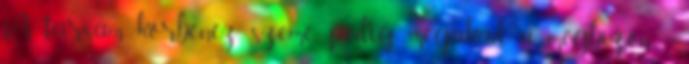
A társam körbenéz, szeme pedig megakad a megbízón. -